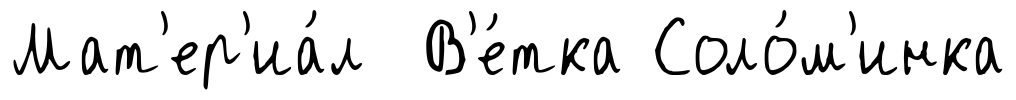
Мат'ер'иа́л В'е́тка Соло́м'инка